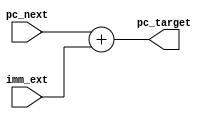
module pc_target_adder (
    input [31:0]pc_next,
    input [31:0]imm_ext,
    output [31:0]pc_target
);

assign pc_target = pc_next + imm_ext;

endmodule